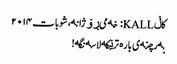
کاڵ KALL: خەمی ڕۆژانە، شوبات ٢٠١٤
بەرچنەی بارە ترێکە لاسەنگە!